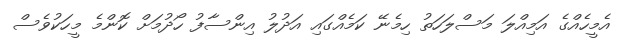
އެމީހެއްގެ އަމިއްލަ މަސްލަހަތު ހިމެނޭ ކަމެއްގައި އަދުލު އިންސާފު ހޯދުމަށް ކޮންމެ މީހަކުވެސް